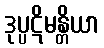
ဒုပ္ပဋိမန္တိယာ